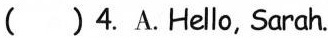
( )4.A.Hello, Sarah.